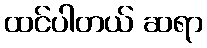
ထင်ပါတယ် ဆရာ